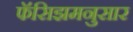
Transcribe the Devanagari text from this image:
फॅसिझमनुसार